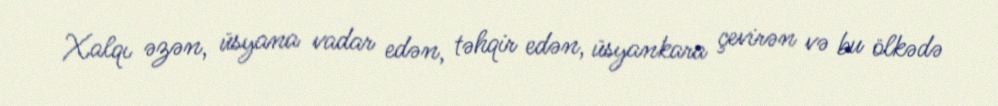
Xalqı əzən, üsyana vadar edən, təhqir edən, üsyankara çevirən və bu ölkədə